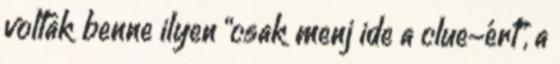
voltak benne ilyen “csak menj ide a clue-ért”, a